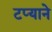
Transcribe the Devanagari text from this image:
टप्याने